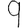
Digit: 9